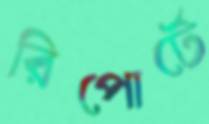
রিপোর্টে